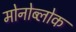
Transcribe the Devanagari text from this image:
मोनोब्लोक